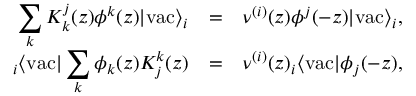
\begin{array} { r c l } { { \displaystyle \sum _ { k } K _ { k } ^ { j } ( z ) \phi ^ { k } ( z ) | \mathrm { v a c } \rangle _ { i } } } & { { = } } & { { \nu ^ { ( i ) } ( z ) \phi ^ { j } ( - z ) | \mathrm { v a c } \rangle _ { i } , } } \\ { { { } _ { i } \langle \mathrm { v a c } | \displaystyle \sum _ { k } \phi _ { k } ( z ) K _ { j } ^ { k } ( z ) } } & { { = } } & { { \nu ^ { ( i ) } ( z ) { } _ { i } \langle \mathrm { v a c } | \phi _ { j } ( - z ) , } } \end{array}